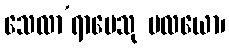
သေလာ’ရာမေသု မလယော၊